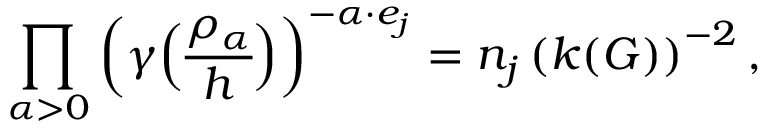
\prod _ { \alpha > 0 } \left( \gamma { \rho _ { \alpha } \overwithdelims ( ) h } \right) ^ { - \alpha \cdot e _ { j } } = n _ { j } \left( k ( G ) \right) ^ { - 2 } ,